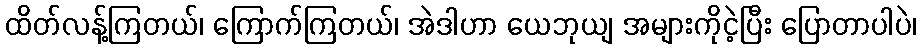
ထိတ်လန့်ကြတယ်၊ ကြောက်ကြတယ်၊ အဲဒါဟာ ယေဘုယျ အများကိုငဲ့ပြီး ပြောတာပါပဲ၊